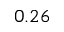
0 . 2 6